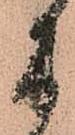
に